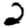
Digit: 2